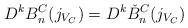
LaTeX: \begin{align*} D^{k} B^C_n(j_{V_C}) = D^{k} \check{B}^C_n(j_{V_C})\end{align*}